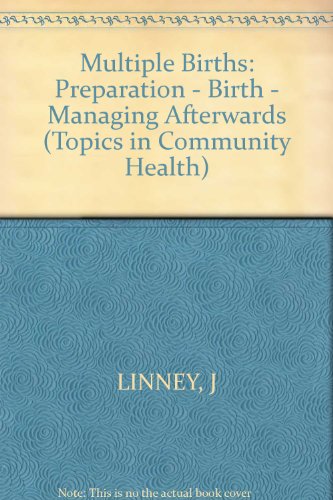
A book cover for Multiple Births: Preparation - Birth - Managing Afterwards (Topics in Community Health); Judi Linney; Parenting & Relationships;